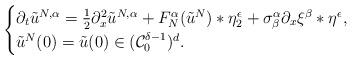
LaTeX: \begin{align*}\begin{cases}\partial_t\tilde{u}^{N,\alpha}=\tfrac{1}{2}\partial_x^2\tilde{u}^{N,\alpha}+F_N^\alpha(\tilde{u}^N)*\eta_2^\epsilon+\sigma_\beta^\alpha\partial_x\xi^\beta*\eta^\epsilon,\\\tilde{u}^N(0)=\tilde{u}(0)\in(\mathcal{C}_0^{\delta-1})^d.\end{cases}\end{align*}